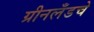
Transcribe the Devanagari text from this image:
ग्रीनलँडचे